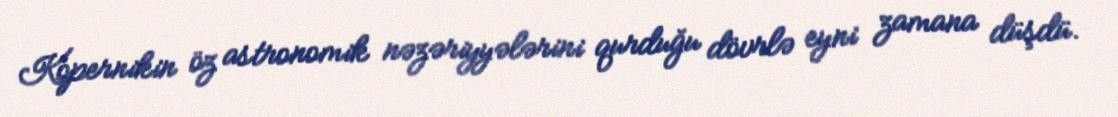
Kopernikin öz astronomik nəzəriyyələrini qurduğu dövrlə eyni zamana düşdü.